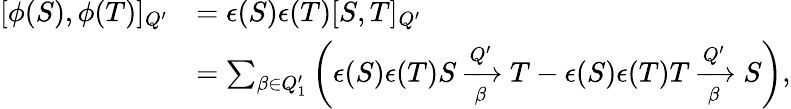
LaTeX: \begin{array}{rl}{[\phi(S),\phi(T)]_{Q^{\prime}}}&{=\epsilon(S)\epsilon(T)[S,T]_{Q^{\prime}}}\\ &{=\sum_{\beta\in Q_{1}^{\prime}}{\left(\epsilon(S)\epsilon(T)S\xrightarrow[\beta]{Q^{\prime}}T-\epsilon(S)\epsilon(T)T\xrightarrow[\beta]{Q^{\prime}}S\right)},}\end{array}